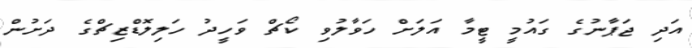
އަދި ޖަޕާނުގެ ގައުމީ ޓީމާ އަލަށް ހަވާލުވި ކޯޗް ވަހީދު ހަލިލޮޑްޒިޗްގެ ދަށުން